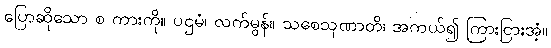
ပြောဆိုသော စ ကားကို။ ပဌမံ၊ လက်မွန်။ သစေသုဏာတိ၊ အကယ်၍ ကြားငြားအံ့။